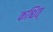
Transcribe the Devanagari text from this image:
कश्चित्‌